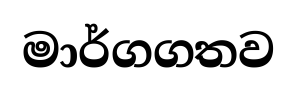
මාර්ගගතව